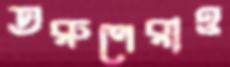
তরুণেরাও